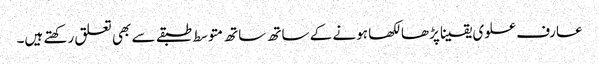
عارف علوی یقینا پڑھا لکھا ہونے کے ساتھ ساتھ متوسط طبقے سے بھی تعلق رکھتے ہیں۔